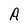
Character: A